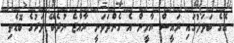
އޭގެ ބަދަލުގައި ރައީސް ޔާމީން އެ ގެންދަވަނީ ރާއްޖެ ނުދެކޭ ވަރުގެ ބޮޑެތި